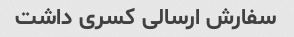
سفارش ارسالی کسری داشت